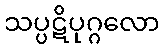
သပ္ပဋိပုဂ္ဂလော